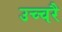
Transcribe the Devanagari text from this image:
उच्‍चरै